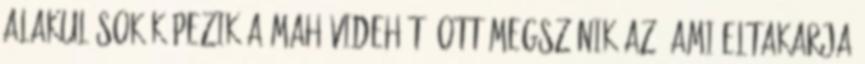
alakulások képezik a mahávidehát; ott megszűnik az. ami eltakarja